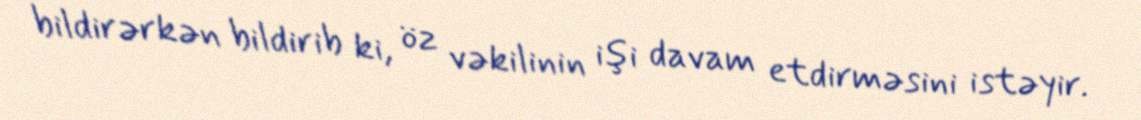
bildirərkən bildirib ki, öz vəkilinin işi davam etdirməsini istəyir.